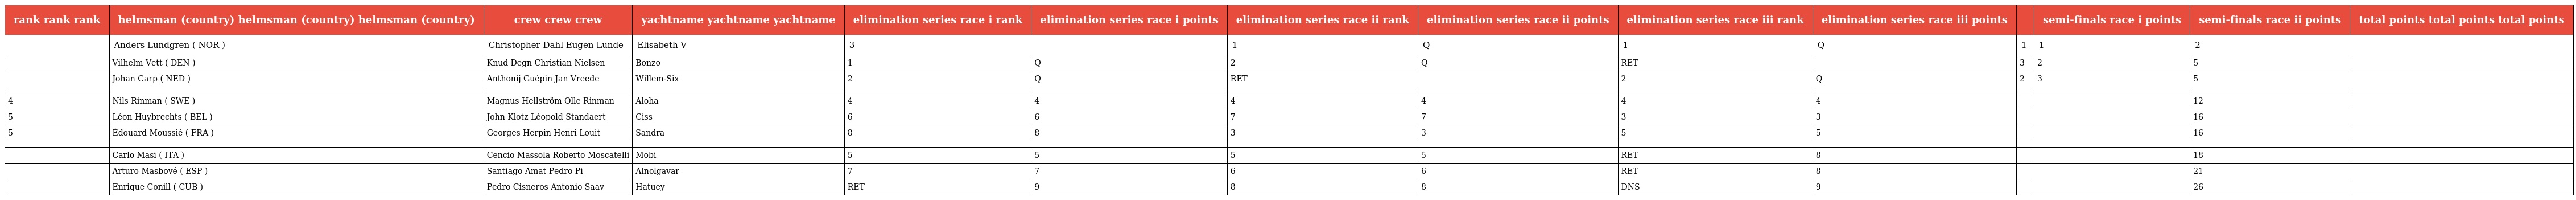
| rank rank rank | helmsman (country) helmsman (country) helmsman (country) | crew crew crew | yachtname yachtname yachtname | elimination series race i rank | elimination series race i points | elimination series race ii rank | elimination series race ii points | elimination series race iii rank | elimination series race iii points |  | semi-finals race i points | semi-finals race ii points | total points total points total points |
 | --- | --- | --- | --- | --- | --- | --- | --- | --- | --- | --- | --- | --- | --- |
 |  | Anders Lundgren ( NOR ) | Christopher Dahl Eugen Lunde | Elisabeth V | 3 |  | 1 | Q | 1 | Q | 1 | 1 | 2 |  |
 |  | Vilhelm Vett ( DEN ) | Knud Degn Christian Nielsen | Bonzo | 1 | Q | 2 | Q | RET |  | 3 | 2 | 5 |  |
 |  | Johan Carp ( NED ) | Anthonij Guépin Jan Vreede | Willem-Six | 2 | Q | RET |  | 2 | Q | 2 | 3 | 5 |  |
 |  |  |  |  |  |  |  |  |  |  |  |  |  |  |
 | 4 | Nils Rinman ( SWE ) | Magnus Hellström Olle Rinman | Aloha | 4 | 4 | 4 | 4 | 4 | 4 |  |  | 12 |  |
 | 5 | Léon Huybrechts ( BEL ) | John Klotz Léopold Standaert | Ciss | 6 | 6 | 7 | 7 | 3 | 3 |  |  | 16 |  |
 | 5 | Édouard Moussié ( FRA ) | Georges Herpin Henri Louit | Sandra | 8 | 8 | 3 | 3 | 5 | 5 |  |  | 16 |  |
 |  |  |  |  |  |  |  |  |  |  |  |  |  |  |
 |  | Carlo Masi ( ITA ) | Cencio Massola Roberto Moscatelli | Mobi | 5 | 5 | 5 | 5 | RET | 8 |  |  | 18 |  |
 |  | Arturo Masbové ( ESP ) | Santiago Amat Pedro Pi | Alnolgavar | 7 | 7 | 6 | 6 | RET | 8 |  |  | 21 |  |
 |  | Enrique Conill ( CUB ) | Pedro Cisneros Antonio Saav | Hatuey | RET | 9 | 8 | 8 | DNS | 9 |  |  | 26 |  |